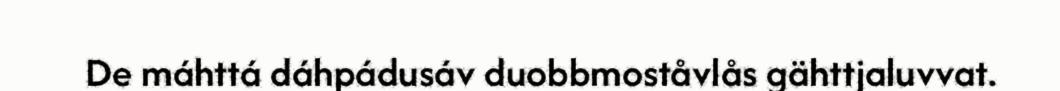
De máhttá dáhpádusáv duobbmoståvlås gähttjaluvvat.